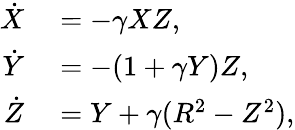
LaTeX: \begin{array}{rl}{\dot{X}}&{{}=-\gamma XZ,}\\ {\dot{Y}}&{{}=-(1+\gamma Y)Z,}\\ {\dot{Z}}&{{}=Y+\gamma(R^{2}-Z^{2}),}\end{array}